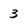
Character: 3